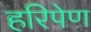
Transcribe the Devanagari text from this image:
हरिपेण